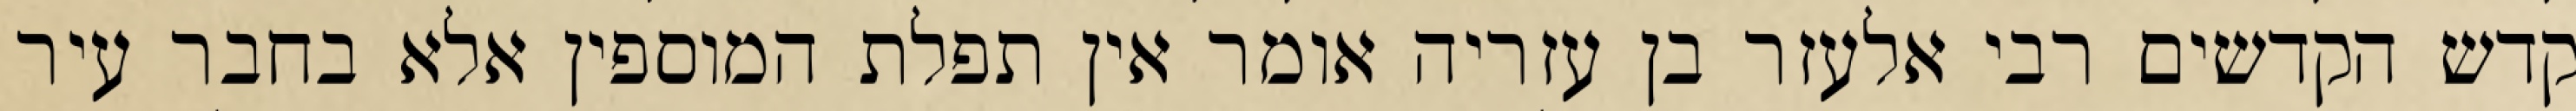
קדש הקדשים רבי אלעזר בן עזריה אומר אין תפלת המוספין אלא בחבר עיר